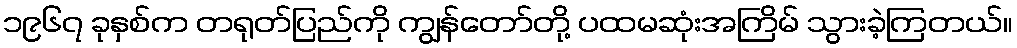
၁၉၆၇ ခုနှစ်က တရုတ်ပြည်ကို ကျွန်တော်တို့ ပထမဆုံးအကြိမ် သွားခဲ့ကြတယ်။